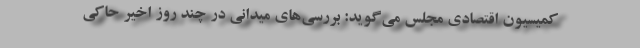
کمیسیون اقتصادی مجلس می‌گوید: بررسی‌های میدانی در چند روز اخیر حاکی